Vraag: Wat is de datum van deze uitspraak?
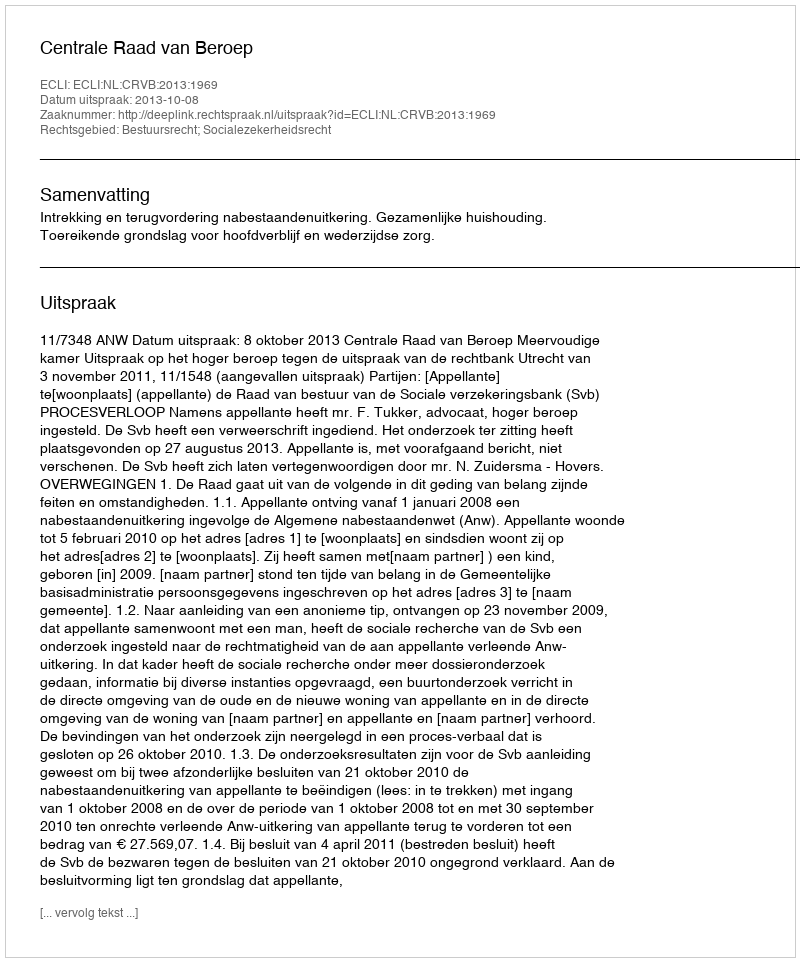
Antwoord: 2013-10-08